Annual administration report of the Civil Veterinary Department of India - 1895-1896
Year: 1895
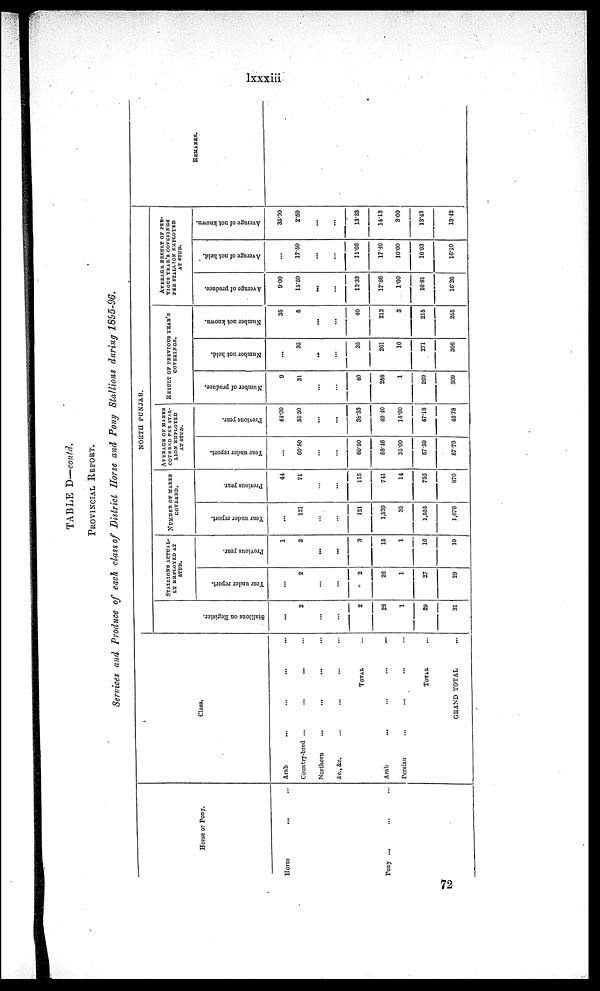
lxxxiii
TABLE D—contd.
PROVINCIAL REPORT.
Services and Produce of each class of District Horse and Pony Stallions during 1895-96.
Horse or Pony.
Horse
... ...
Pony ... ... ...
Class.
Arab
... ... ... ...
Country-bred ...
...
... ...
Northern
...
...
... ...
&c., &c. ... ... ... ...
TOTAL ...
Arab
... ... ... ...
Persian ... ... ... ...
TOTAL ...
GRAND TOTAL ...
NORTH PUNJAB.
Stallions on Register.
...
2
...
...
2
28
1
29
31
STALLIONS
ACTUAL-
-- EMPLOYED AT
STUD.
Year under report.
...
2
...
...
2
26
1
27
29
Previous year.
1
2
...
...
3
15
1
16
19
NUMBER OF MARES
COVERED.
Year under report.
...
121
...
...
121
1,520
35
1,555
1,676
Previous year.
44
71
...
...
115
741
14
755
870
AVERAGE OF MARES
COVERED PER STAL-
LION EMPLOYED
AT STUD.
Year under report.
...
60.50
...
...
60.50
58.46
35.00
57.59
57.79
Previous year.
44.00
35.50
...
...
35.33
49.40
14.00
47.18
45.78
RESULT OF PREVIOUS YEAR'S
COVERINGS.
Number of produce.
9
31
...
...
40
268
1
269
309
Number not held.
...
35
...
...
35
261
10
271
306
Number not known.
35
5
...
...
40
212
3
215
255
AVERAGE RESULT OF PRE-
VIOUS YEAR'S COVERINGS
PER STALLION EMPLOYED
AT STUD.
Average of produce.
9.00
15.50
...
...
13.33
17.86
1.00
16.81
16.26
Average of not held.
...
17.50
...
11.66
17.40
10.00
16.93
16.10
Average of not known.
35.00
2.50
...
...
13.33
14.13
3.00
13.43
13.42
REMARKS.
72